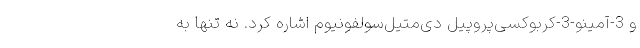
و 3-آمینو-3-کربوکسی‌پروپیل دی‌متیل‌سولفونیوم اشاره کرد. نه تنها به